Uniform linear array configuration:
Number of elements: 64
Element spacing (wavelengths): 0.5
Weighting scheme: binomial
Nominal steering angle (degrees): -60
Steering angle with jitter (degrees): -60.875
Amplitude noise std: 0.05
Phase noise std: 0.05

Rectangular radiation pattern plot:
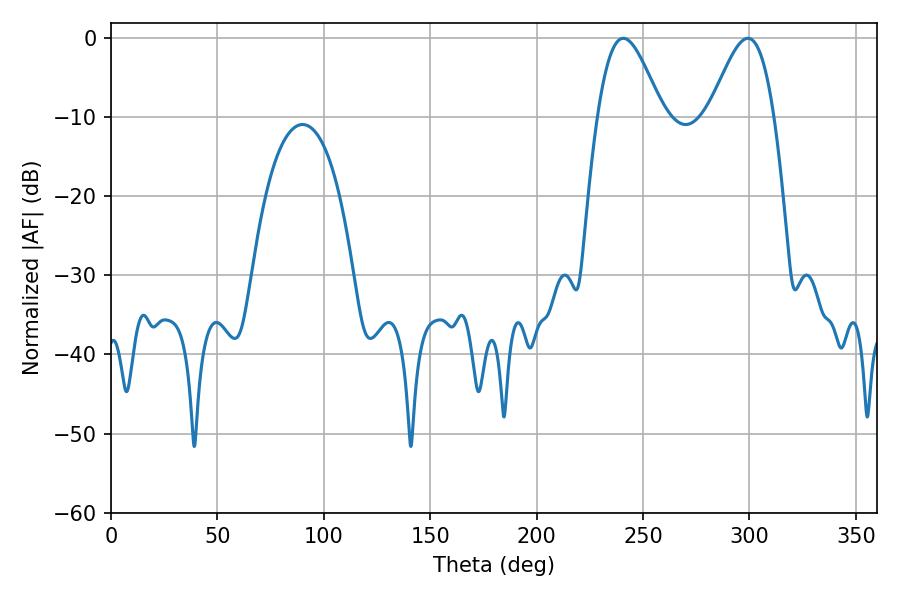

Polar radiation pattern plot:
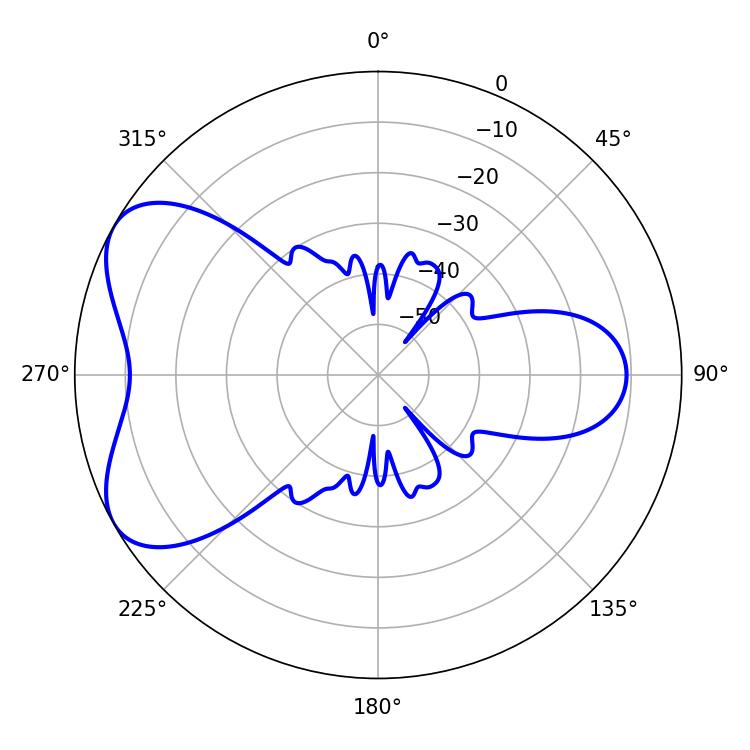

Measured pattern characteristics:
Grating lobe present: FALSE
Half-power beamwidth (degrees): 16.2
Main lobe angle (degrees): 299.34